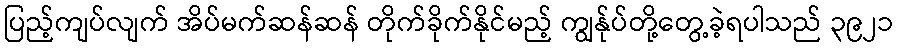
ပြည့်ကျပ်လျက် အိပ်မက်ဆန်ဆန် တိုက်ခိုက်နိုင်မည့် ကျွန်ုပ်တို့တွေ့ခဲ့ရပါသည် ၃၉၂၁